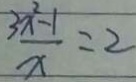
\frac { 3 x ^ { 2 } - 1 } { x } = 2